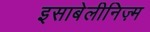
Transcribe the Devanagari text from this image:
इसाबेलीनिज़्म